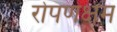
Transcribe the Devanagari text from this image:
रोपणक्षम